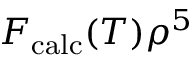
F _ { \mathrm { c a l c } } ( T ) \rho ^ { 5 }